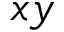
x y